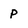
Character: p